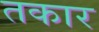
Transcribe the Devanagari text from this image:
तकार